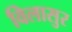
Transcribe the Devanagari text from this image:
विलासुर